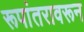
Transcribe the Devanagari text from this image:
रूपांतरावरून